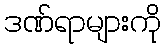
ဒဏ်ရာများကို